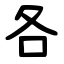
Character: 各